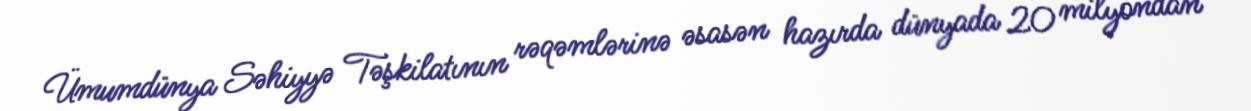
Ümumdünya Səhiyyə Təşkilatının rəqəmlərinə əsasən hazırda dünyada 20 milyondan